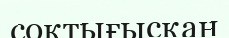
соқтығысқан